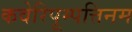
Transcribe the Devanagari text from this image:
कवेरिपूम्पत्तिनम